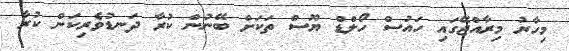
މިހާރު މިރާއްޖޭގައި ހައުސް ހޯލްޑް ޔޫސް ތަކަށް ބޭނުން ކުރާ ދަނޑުވެރިކަން ކުރާ